Riigikantselei, lk 105
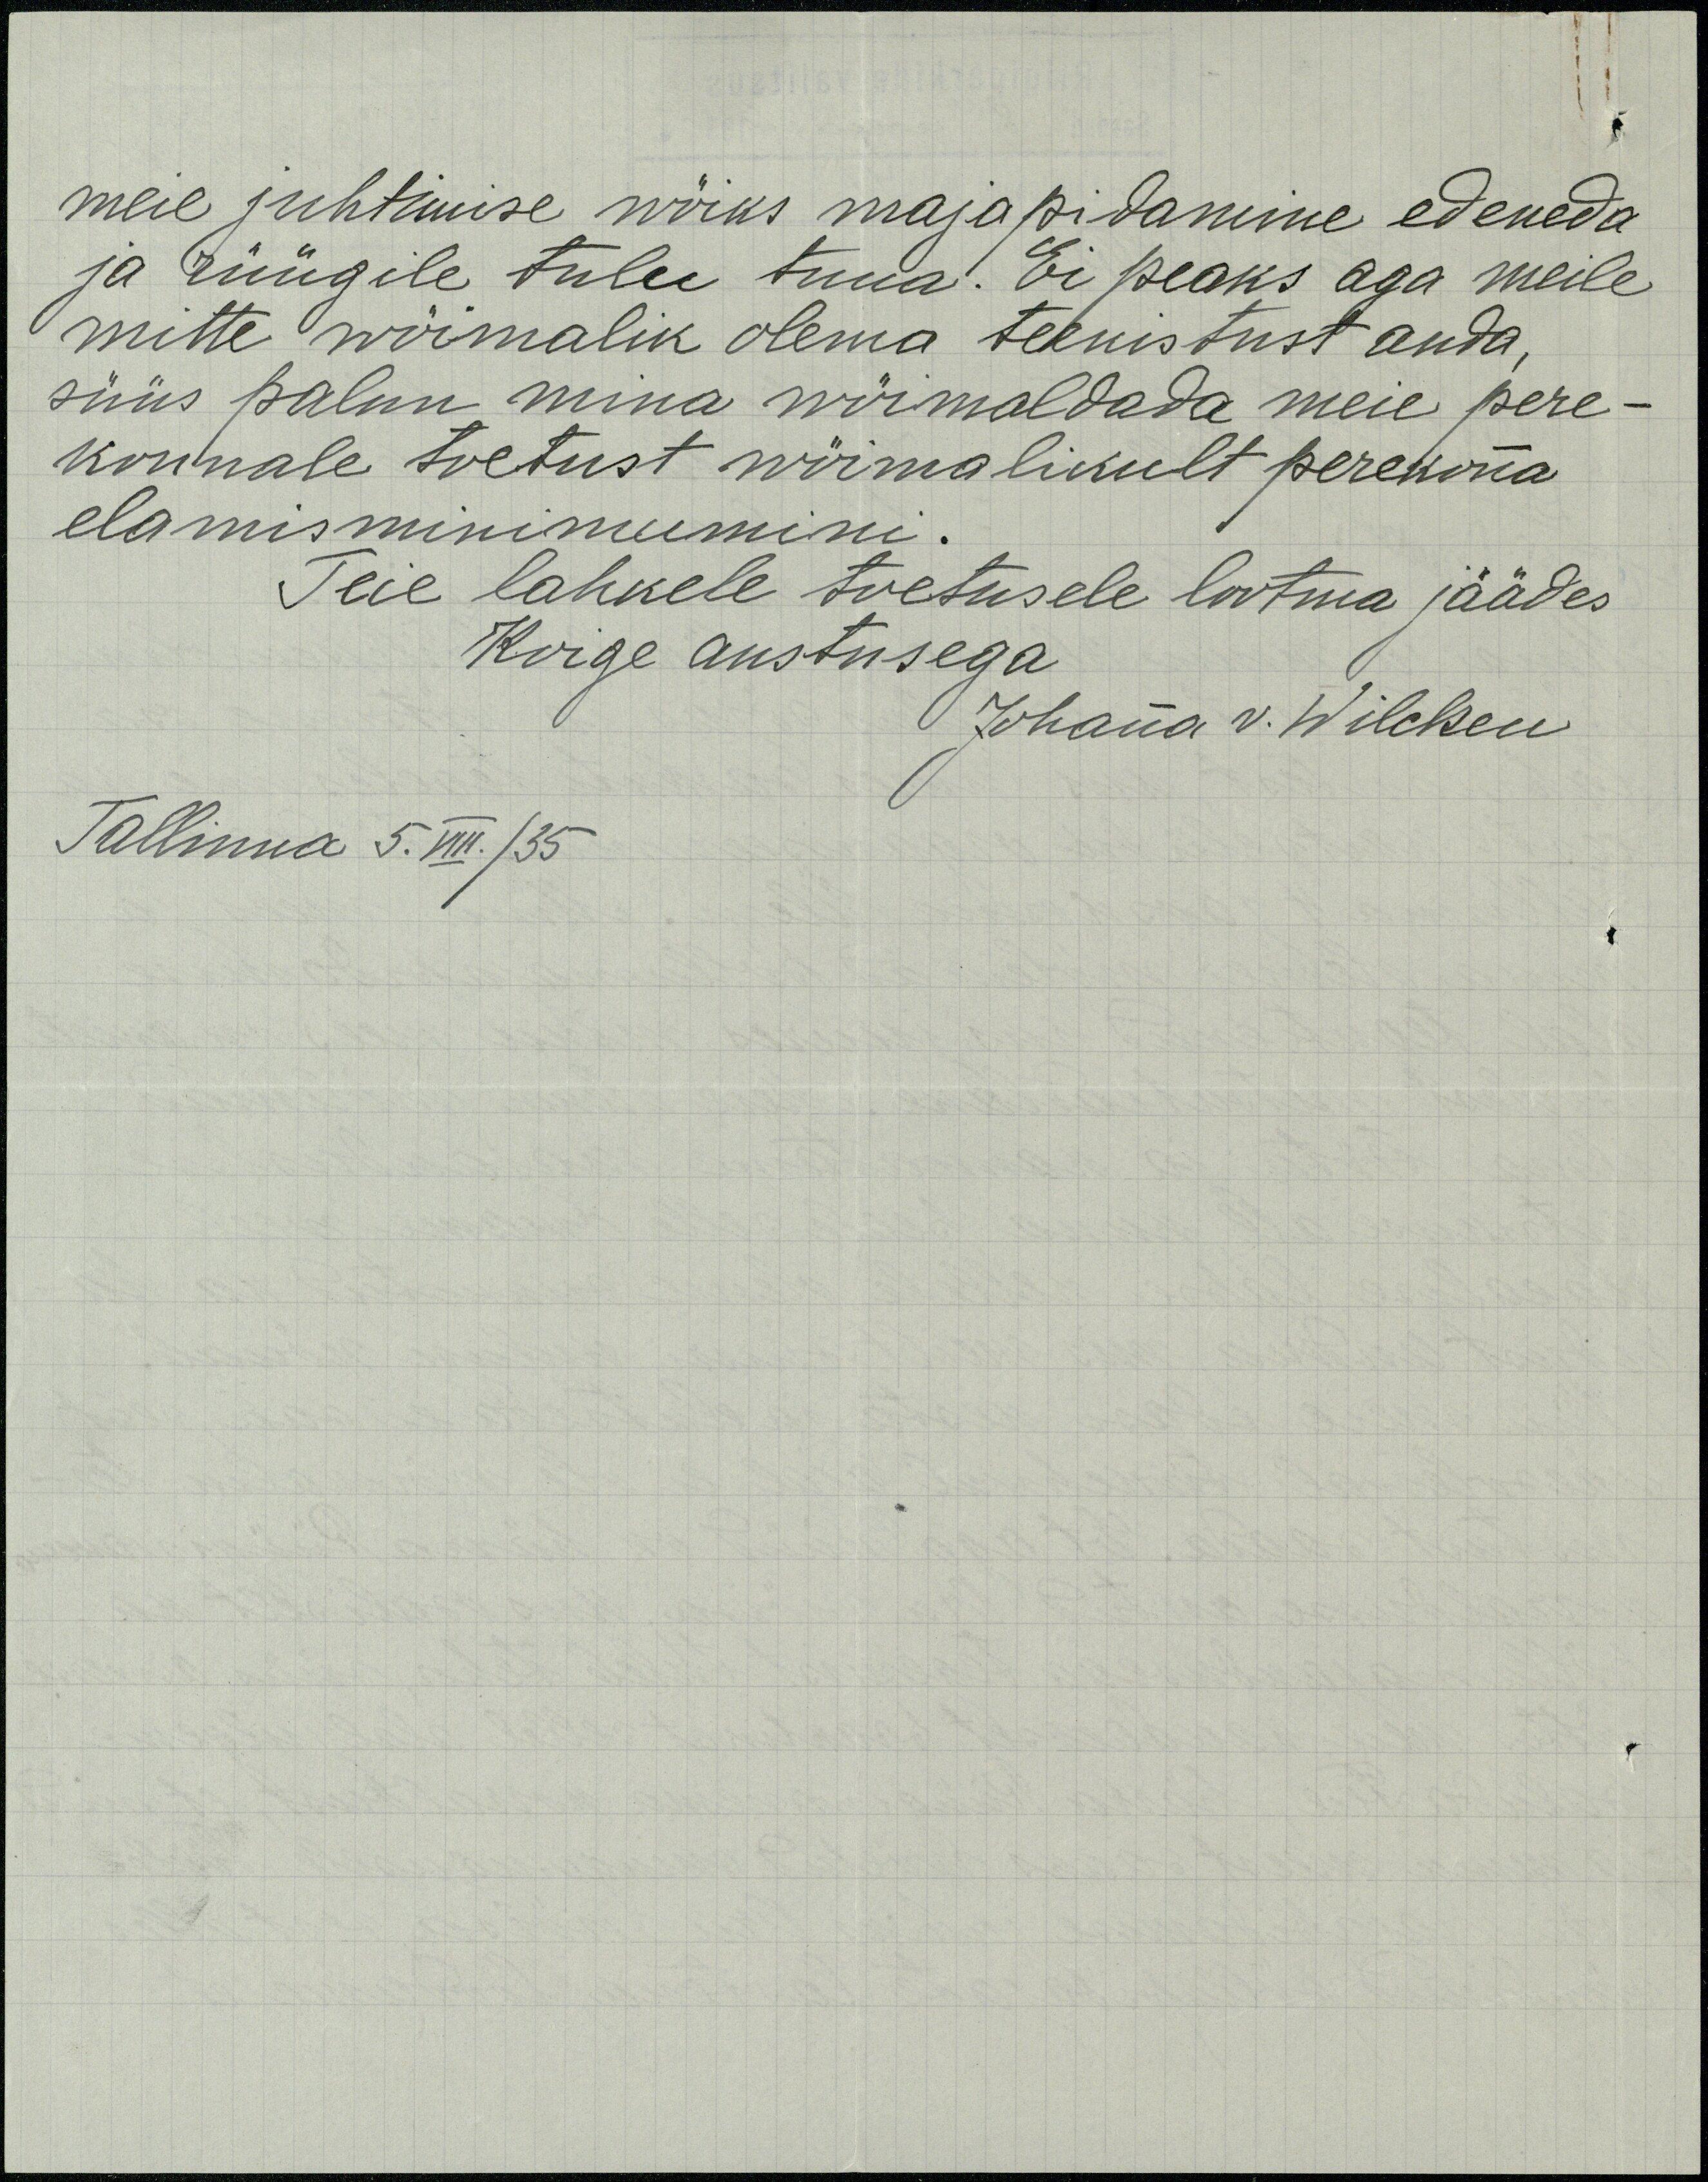
meie juhtimise wöiks majapidamine edeneda
ja rüügile tulu tuua. Ei peaks aga meile
mitte wöimalik olema teenistust anda,
süüs palun mina wöimaldada meie pere-
konnale toetust wöimalikult perekonna
elamisminimumini.
Teie lahkele toetusele lootma jäädes
Koige austusega
Johanna v. Wilcken
Tallinna 5. VIII. / 35